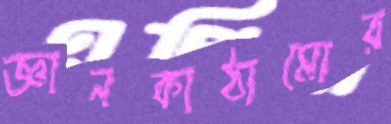
জ্ঞানকাঠামোর